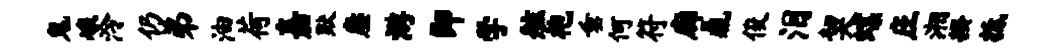
鬼峨泠仍弟油荷嘉默麈游即学舷袍垂何符廊鼎俊泪契蝶庄湘揆抵